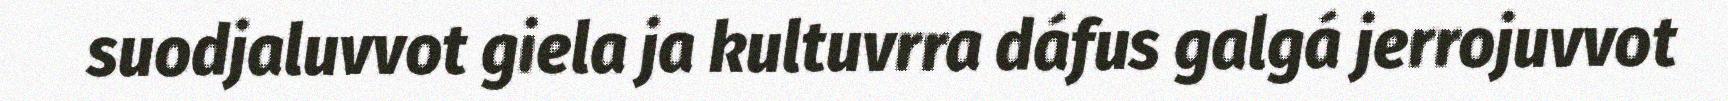
suodjaluvvot giela ja kultuvrra dáfus galgá jerrojuvvot